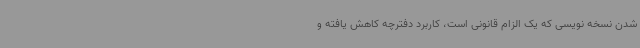
شدن نسخه نویسی که یک الزام قانونی است، کاربرد دفترچه کاهش یافته و